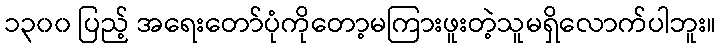
၁၃၀၀ ပြည့် အရေးတော်ပုံကိုတော့မကြားဖူးတဲ့သူမရှိလောက်ပါဘူး။